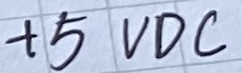
Text: +5VDC